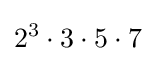
2^{3}\cdot 3\cdot 5\cdot 7